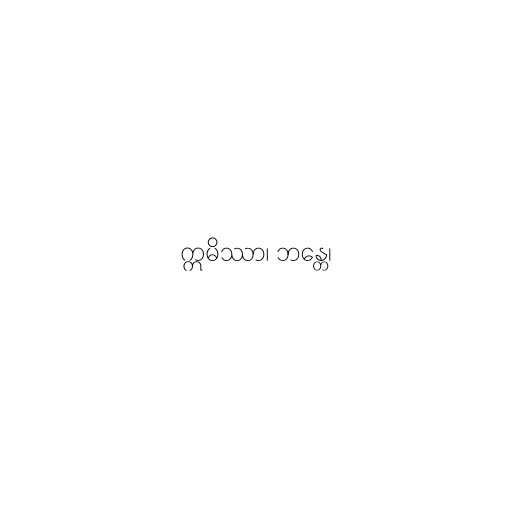
ဣမိဿာ၊ ဘန္တေ၊